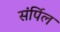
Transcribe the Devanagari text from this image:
संर्पिल